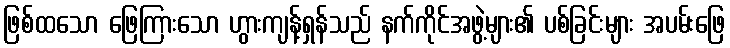
ဖြစ်ထသော ဖြေကြားသော ဟွားကျန့်ရှန်သည် နက်ကိုင်အဖွဲ့များ၏ ပစ်ခြင်းများ အပမ်းဖြေ